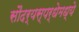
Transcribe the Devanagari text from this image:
सौंदर्यस्पर्धेमध्ये